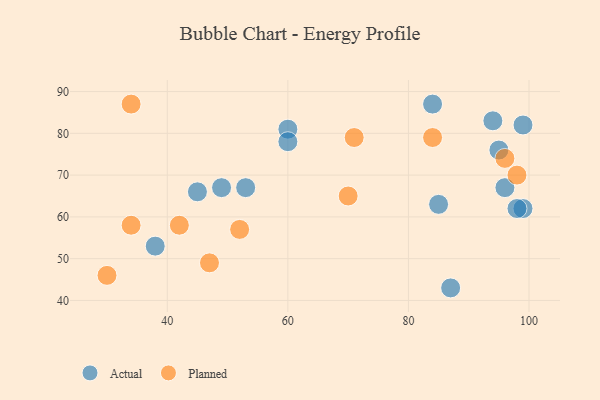
{"axis": {"x": "GDP", "y": "Life Expectancy"}, "legend": ["Actual", "Planned"], "data": [{"x": "38", "y": 53, "type": "Actual"}, {"x": "85", "y": 63, "type": "Actual"}, {"x": "99", "y": 82, "type": "Actual"}, {"x": "87", "y": 43, "type": "Actual"}, {"x": "49", "y": 67, "type": "Actual"}, {"x": "53", "y": 67, "type": "Actual"}, {"x": "95", "y": 76, "type": "Actual"}, {"x": "84", "y": 87, "type": "Actual"}, {"x": "99", "y": 62, "type": "Actual"}, {"x": "45", "y": 66, "type": "Actual"}, {"x": "60", "y": 81, "type": "Actual"}, {"x": "60", "y": 78, "type": "Actual"}, {"x": "96", "y": 67, "type": "Actual"}, {"x": "98", "y": 62, "type": "Actual"}, {"x": "94", "y": 83, "type": "Actual"}, {"x": "52", "y": 57, "type": "Planned"}, {"x": "70", "y": 65, "type": "Planned"}, {"x": "34", "y": 87, "type": "Planned"}, {"x": "30", "y": 46, "type": "Planned"}, {"x": "34", "y": 58, "type": "Planned"}, {"x": "71", "y": 79, "type": "Planned"}, {"x": "84", "y": 79, "type": "Planned"}, {"x": "42", "y": 58, "type": "Planned"}, {"x": "96", "y": 74, "type": "Planned"}, {"x": "98", "y": 70, "type": "Planned"}, {"x": "47", "y": 49, "type": "Planned"}]}